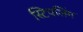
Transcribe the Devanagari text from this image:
स्टिपलिंग